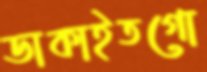
ডাকাইতগো